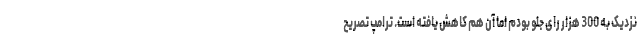
نزدیک به 300 هزار رای جلو بودم اما آن هم کاهش یافته است. ترامپ تصریح